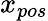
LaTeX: x_{pos}